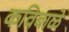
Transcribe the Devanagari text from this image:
कविबाळे